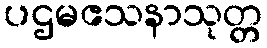
ပဌမဧသနာသုတ္တ